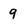
Character: 9